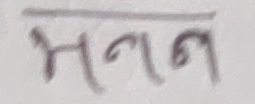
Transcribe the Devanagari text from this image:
मनन